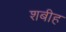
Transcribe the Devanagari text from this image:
शबीह